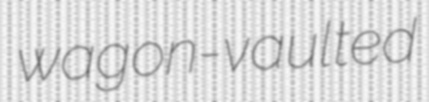
wagon-vaulted